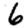
Digit: 6